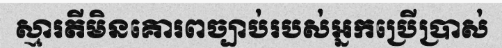
ស្មារតីមិនគោរពច្បាប់របស់អ្នកប្រើប្រាស់